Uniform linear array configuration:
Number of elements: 48
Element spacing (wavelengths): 1
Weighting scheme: kaiser
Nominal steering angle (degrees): -15
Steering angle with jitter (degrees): -13.454
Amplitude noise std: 0.05
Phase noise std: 0.05

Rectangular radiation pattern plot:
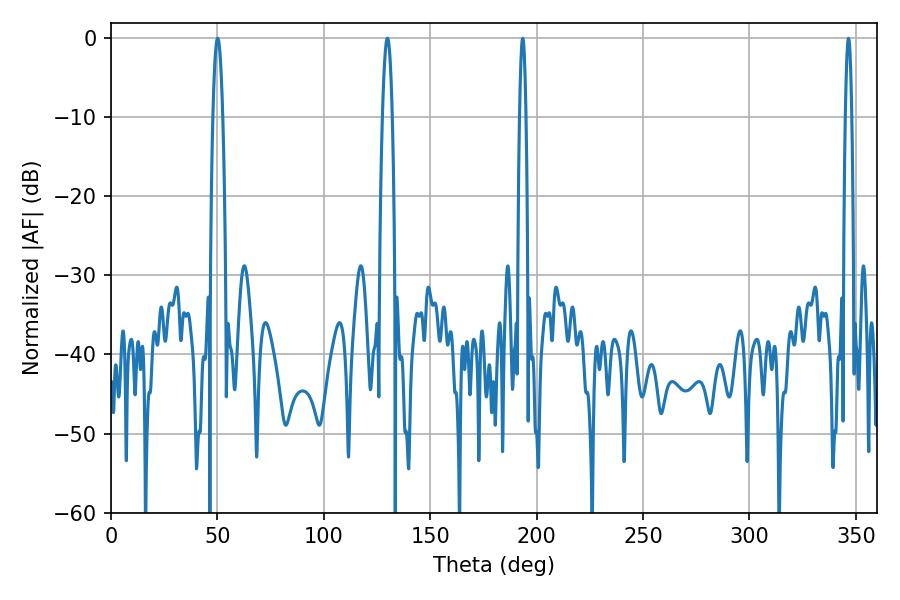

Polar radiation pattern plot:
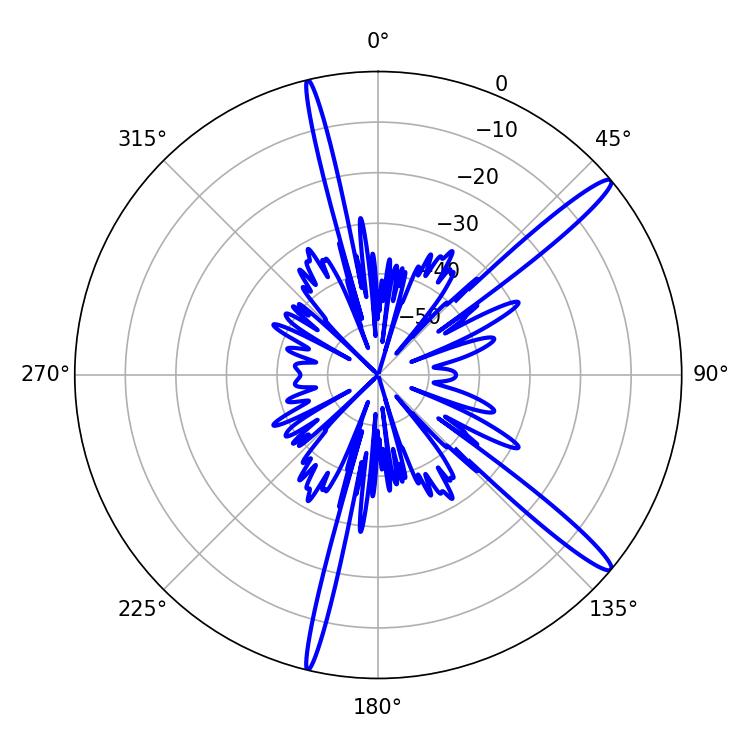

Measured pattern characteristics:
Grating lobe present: TRUE
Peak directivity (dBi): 15.246
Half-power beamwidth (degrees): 1.62
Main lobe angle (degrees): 346.5